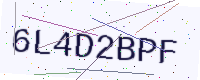
Text: 6L4D2BPF